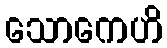
သောကေဟိ